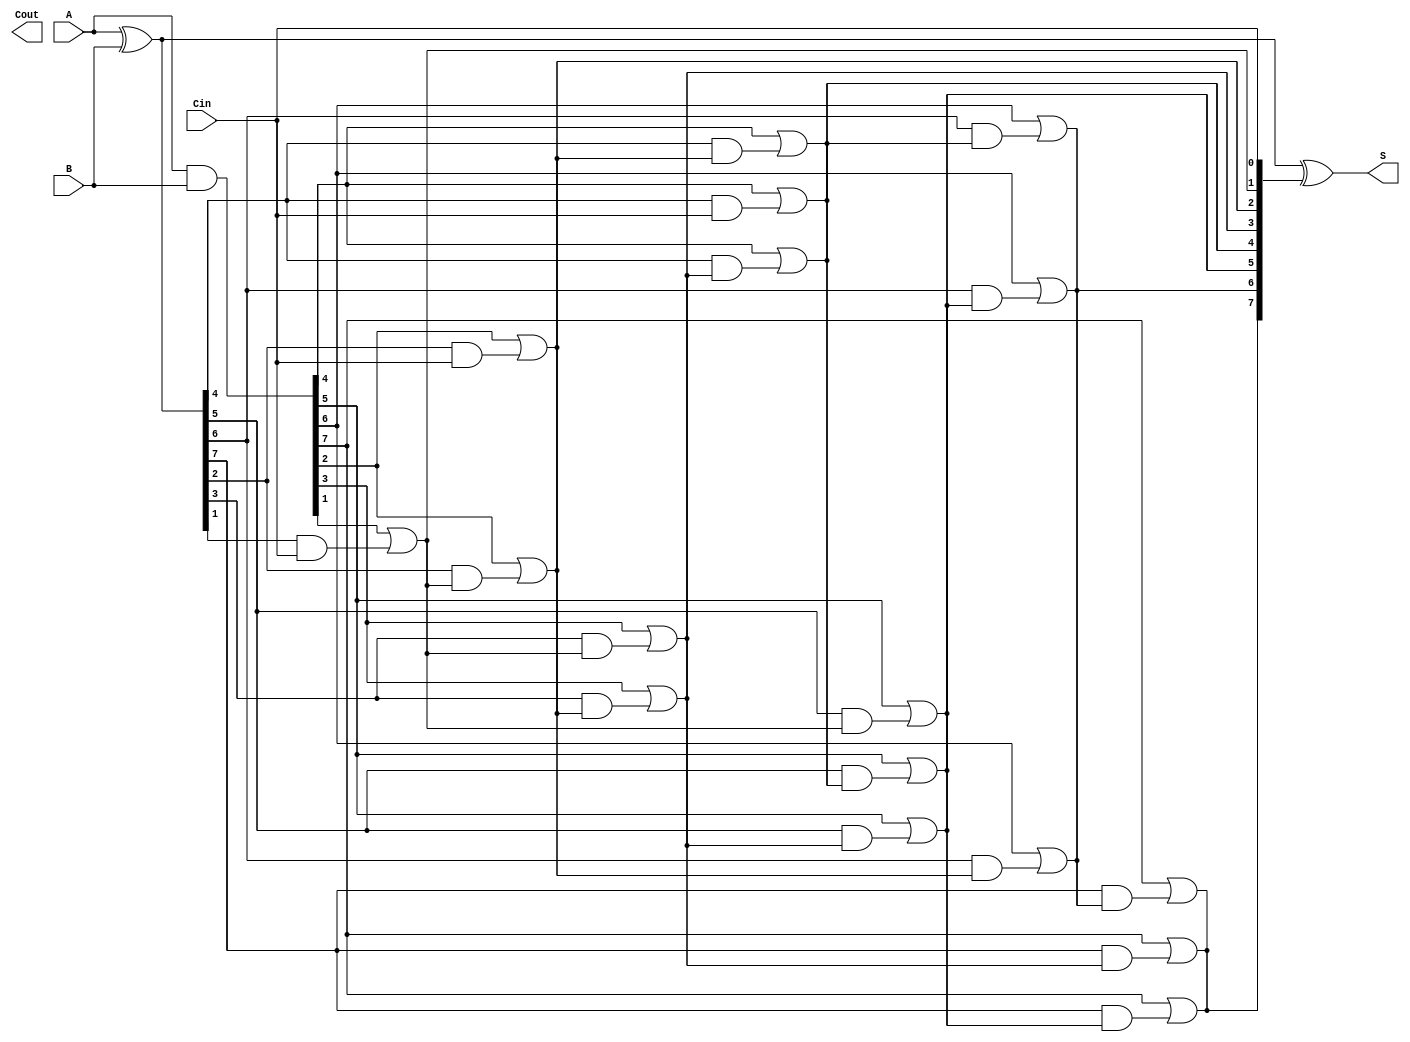
module KoggeStoneAdder #(parameter N = 8) (
    input  wire [N-1:0] A,      // First operand
    input  wire [N-1:0] B,      // Second operand
    input  wire        Cin,      // Carry input
    output wire [N-1:0] S,       // Sum output
    output wire        Cout       // Carry output
);

    // Generate (G) and Propagate (P) signals
    wire [N-1:0] G; // Generate signals
    wire [N-1:0] P; // Propagate signals
    wire [N:0] C;   // Carry signals

    // Compute G and P
    assign G = A & B;
    assign P = A ^ B;

    // Stage 0: Initial carry signals
    assign C[0] = Cin;

    // Generate carry signals for Kogge-Stone adder
    genvar i, k;
    generate
        for (k = 0; k < $clog2(N); k = k + 1) begin : stage
            for (i = 0; i < N; i = i + 1) begin : carry_calculation
                if(i >= (1 << k)) begin
                    assign C[i] = G[i] | (P[i] & C[i - (1 << k)]);
                end
            end
        end
    endgenerate

    // Compute Sum: S[i] = P[i] ^ C[i]
    assign S = P ^ C[N-1:0];

    // Final carry out
    assign Cout = C[N];

endmodule